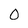
Character: 0